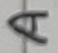
Text: A